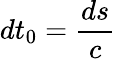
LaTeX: dt_{0}=\frac{ds}{c}